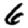
Digit: 6